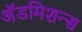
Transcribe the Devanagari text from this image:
अॅडमिशन्स